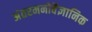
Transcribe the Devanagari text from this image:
अंतरमनोवैज्ञानिक